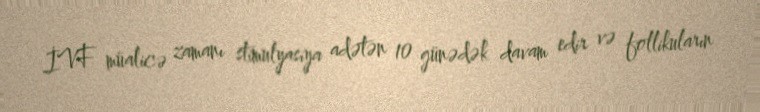
İVF müalicə zamanı stimulyasiya adətən 10 günədək davam edir və follikuların